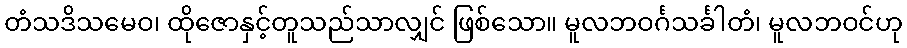
တံသဒိသမေဝ၊ ထိုဇောနှင့်တူသည်သာလျှင် ဖြစ်သော။ မူလဘဝင်္ဂသင်္ခါတံ၊ မူလဘဝင်ဟု